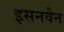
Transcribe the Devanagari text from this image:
इसनवेन